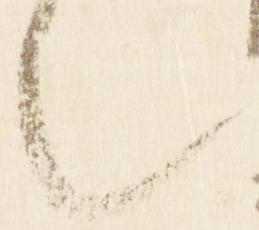
也